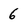
Character: 6